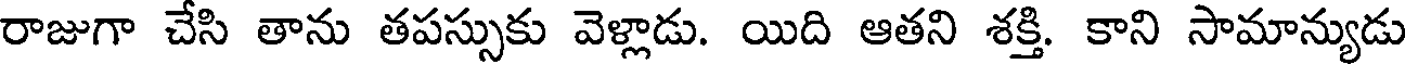
రాజుగా చేసి తాను తపస్సుకు వెళ్లాడు. యిది ఆతని శక్తి. కాని సామాన్యుడు